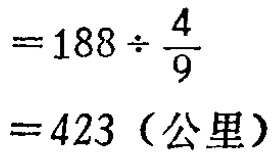
\[

=188\div\frac{4}{9} \\

=423 \text{（公里）}

\]